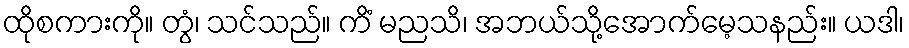
ထိုစကားကို။ တွံ၊ သင်သည်။ ကိံ မညသိ၊ အဘယ်သို့အောက်မေ့သနည်း။ ယဒါ၊